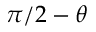
\pi / 2 - \theta